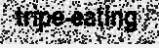
tripe-eating